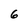
Character: 6